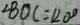
\angle B O C = 1 2 0 ^ { \circ }